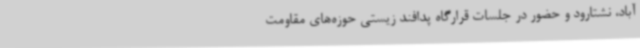
آباد، نشتارود و حضور در جلسات قرارگاه پدافند زیستی حوزه‌های مقاومت